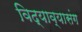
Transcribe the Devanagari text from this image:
विद्याव्यासंग